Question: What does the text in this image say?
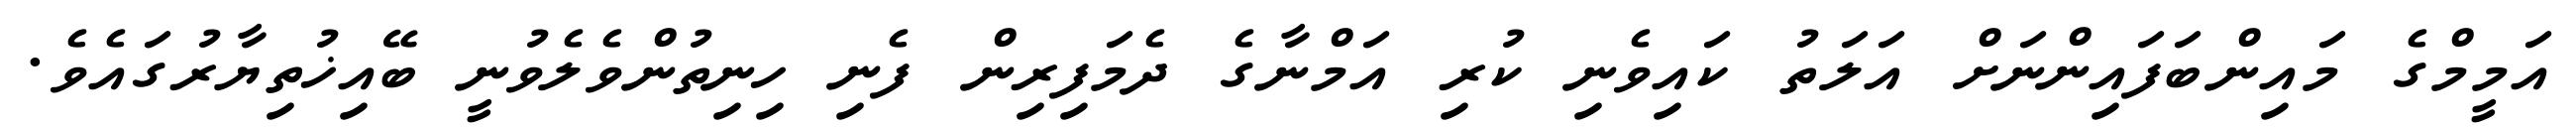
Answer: އަމީމްގެ މައިންބަފައިންނަށް އަލަތު ކައިވެނި ކުރި އަމްނާގެ ދެމަފިރިން ފެނި ހިނިތުންވެލެވުނީ ބޭއިޚުތިޔާރުގައެވެ.